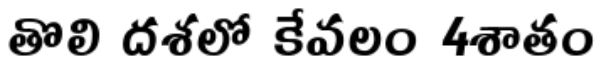
తొలి దశలో కేవలం 4శాతం